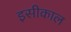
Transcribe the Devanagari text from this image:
इसीकाल